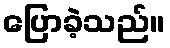
ပြောခဲ့သည်။